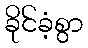
ခိုင်ခံ့စွာ